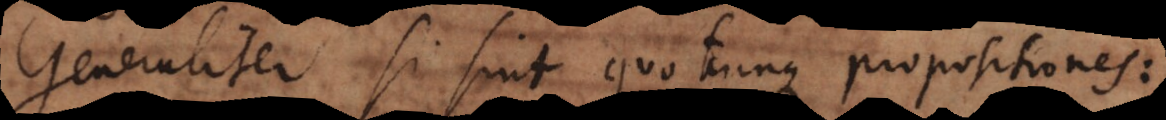
Generaliter si sint quotcunque propositiones: